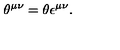
\theta ^ { \mu \nu } = \theta \epsilon ^ { \mu \nu } .